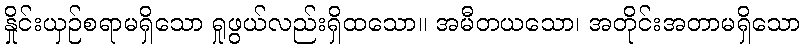
နှိုင်းယှဉ်စရာမရှိသော ရှုဖွယ်လည်းရှိထသော။ အမီတယသော၊ အတိုင်းအတာမရှိသော